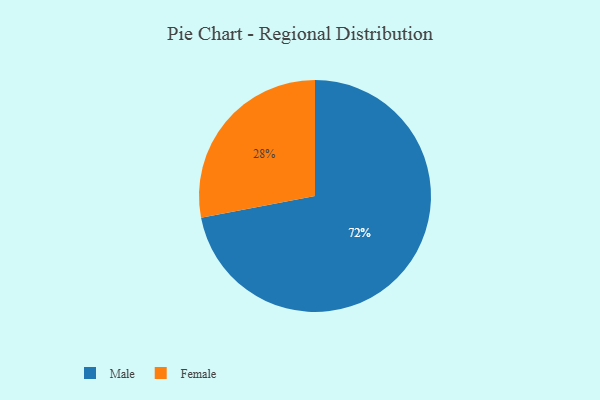
{"axis": {"x": "Category", "y": "Percentage"}, "legend": ["Female", "Male"], "data": [{"x": "Female", "y": 28, "type": "Female"}, {"x": "Male", "y": 72, "type": "Male"}]}